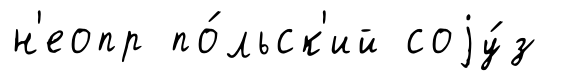
н'еопр по́льск'ий соjу́з